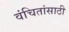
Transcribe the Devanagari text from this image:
वंचितांसाठी